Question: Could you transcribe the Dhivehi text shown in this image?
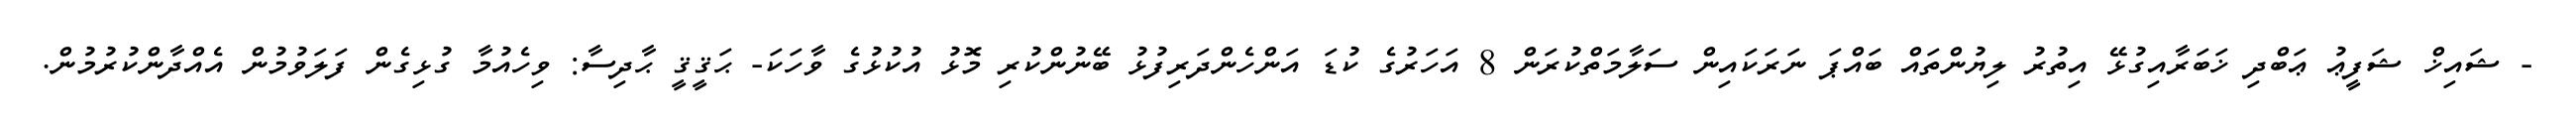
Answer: - ޝައިޚް ޝަފީޢު ޢަބްދި ޚަބަރާއިގުޅޭ އިތުރު ލިޔުންތައް ބައްޕަ ނަރަކައިން ސަލާމަތްކުރަން 8 އަހަރުގެ ކުޑަ އަންހެންދަރިފުޅު ބޭނުންކުރި މޮޅު އުކުޅުގެ ވާހަކަ- ޙަޤީޤީ ޙާދިސާ: ވިހެއުމާ ގުޅިގެން ފަލަވުމުން އެއްދާންކުރުމުން.